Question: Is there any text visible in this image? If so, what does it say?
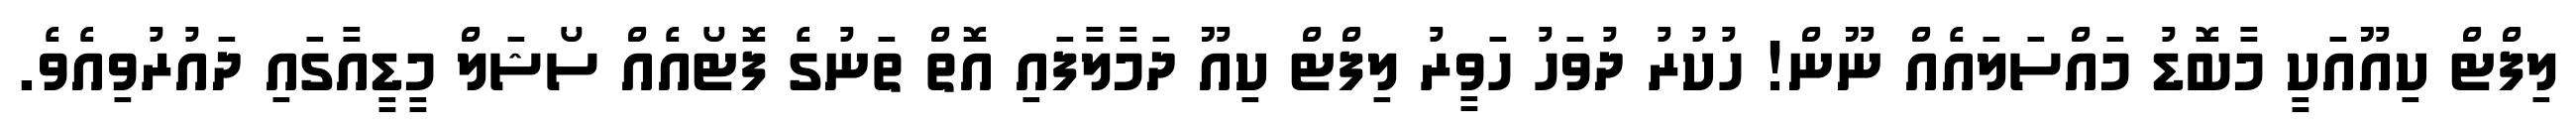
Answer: ލިފްޓް ކިއޫއަކީ މާބޮޑު މައްސަލައެއް ނޫން! ހުކުރު ދުވަހު ހަވީރު ލިފްޓް ކިއޫ ދަމާލާފައި އޮތް ތަނުގެ ފޮޓޯއެއް ސޯޝަލް މީޑީއާގައި ދައުރުވިއެވެ.